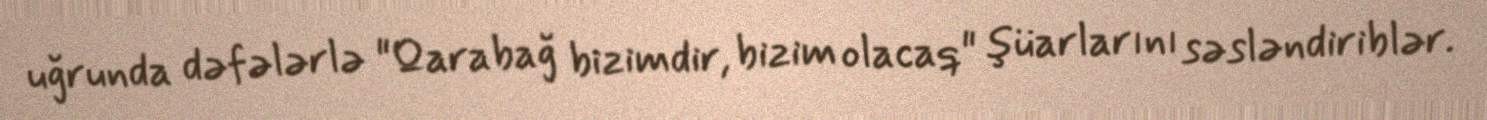
uğrunda dəfələrlə "Qarabağ bizimdir, bizim olacaq" şüarlarını səsləndiriblər.